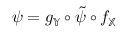
\psi = g _ { \mathbb { Y } } \circ \tilde { \psi } \circ f _ { \mathbb { X } }